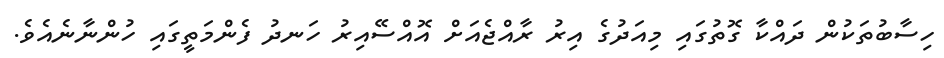
ހިސާބުތަކުން ދައްކާ ގޮތުގައި މިއަދުގެ އިރު ރާއްޖެއަށް އޮއްސޭއިރު ހަނދު ފެންމަތީގައި ހުންނާނެއެވެ.